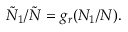
\begin{array} { r } { \tilde { N } _ { 1 } / \tilde { N } = g _ { r } ( N _ { 1 } / N ) . } \end{array}